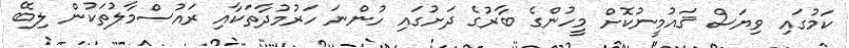
ކަމުގައި ވިޔަސް ޤައުމީނުކޮށް މީހުންގެ ބާރުގެ ދަށުގައި ހުންނަ ހަރުމުދާތަކާއި ރައުސްމާލުތަކުން ލިބޭ